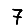
Digit: 7